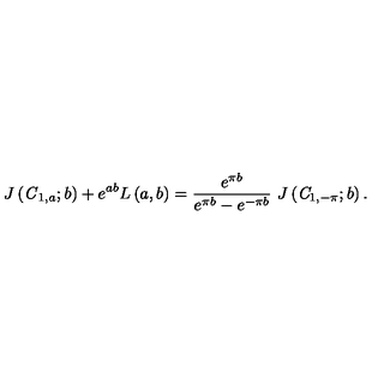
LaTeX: J \left( { \it C } _ { 1 , a } ; b \right) + e ^ { a b } L \left( a , b \right) = \frac { e ^ { \pi b } } { e ^ { \pi b } - e ^ { - \pi b } } \ J \left( { \it C } _ { 1 , - \pi } ; b \right) .